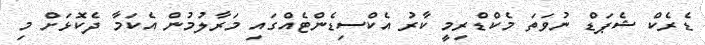
ޑެރެކް ޝެޕަޑް ނުވަތަ މެކްޑްރިމީ ކާރު އެކްސިޑެންޓެއްގައި މަރާލުމުން އެކަމާ ދެކޮޅަށް މި